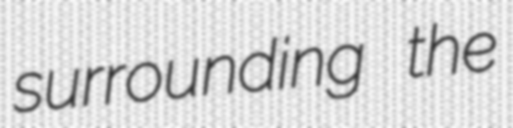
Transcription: surrounding the